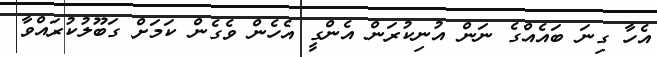
އެހާ ގިނަ ބައެއްގެ ނަން އުނިކުރަން އެންގީ އެހެން ވެގެން ކަމަށް ގަބޫލުކުރައްވާ